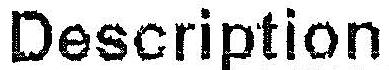
DESCRIPTION